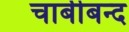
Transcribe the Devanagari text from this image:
चाबीबन्द